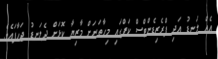
އެއް ލަނޑު އަދި ޕްރެޒިޑެންޓްސް ކަޕްގައި މިހާތަނަށް މާޒިޔާ ކޮޅަށް ދެލަނޑު ޖަހާފައެވެ.